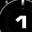
Digit: 1